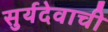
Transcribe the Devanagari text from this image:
सुर्यदेवाची